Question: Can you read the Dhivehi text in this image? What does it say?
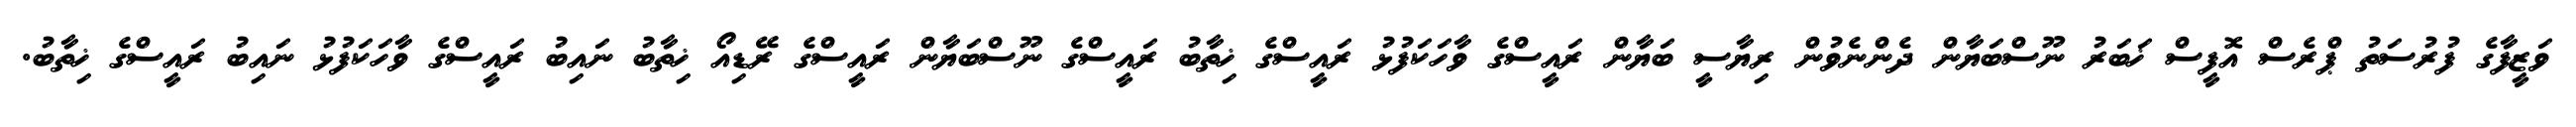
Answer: ވަޒީފާގެ ފުރުސަތު ޕްރެސް އޮފީސް ޚަބަރު ނޫސްބަޔާން ދެންނެވުން ރިޔާސީ ބަޔާން ރައީސްގެ ވާހަކަފުޅު ރައީސްގެ ޚިތާބު ރައީސްގެ ނޫސްބަޔާން ރައީސްގެ ރޭޑިއޯ ޚިތާބު ނައިބު ރައީސްގެ ވާހަކަފުޅު ނައިބު ރައީސްގެ ޚިތާބު.